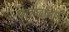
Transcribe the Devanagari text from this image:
छात्रछात्राएँ